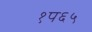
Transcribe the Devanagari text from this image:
१प६५